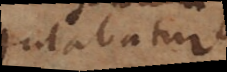
tulabatur